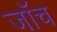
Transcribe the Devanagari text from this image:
जाॅच